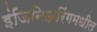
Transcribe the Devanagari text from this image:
इंजिनिअरिंगमधील